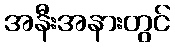
အနီးအနားတွင်